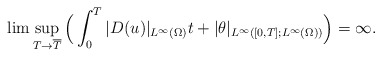
\begin{align*}\lim \sup_{ T \rightarrow \overline{T}} \Big (\int_0^T |D( u)|_{L^\infty(\Omega)}t+|\theta|_{L^\infty([0,T];L^\infty(\Omega))}\Big)=\infty.\end{align*}